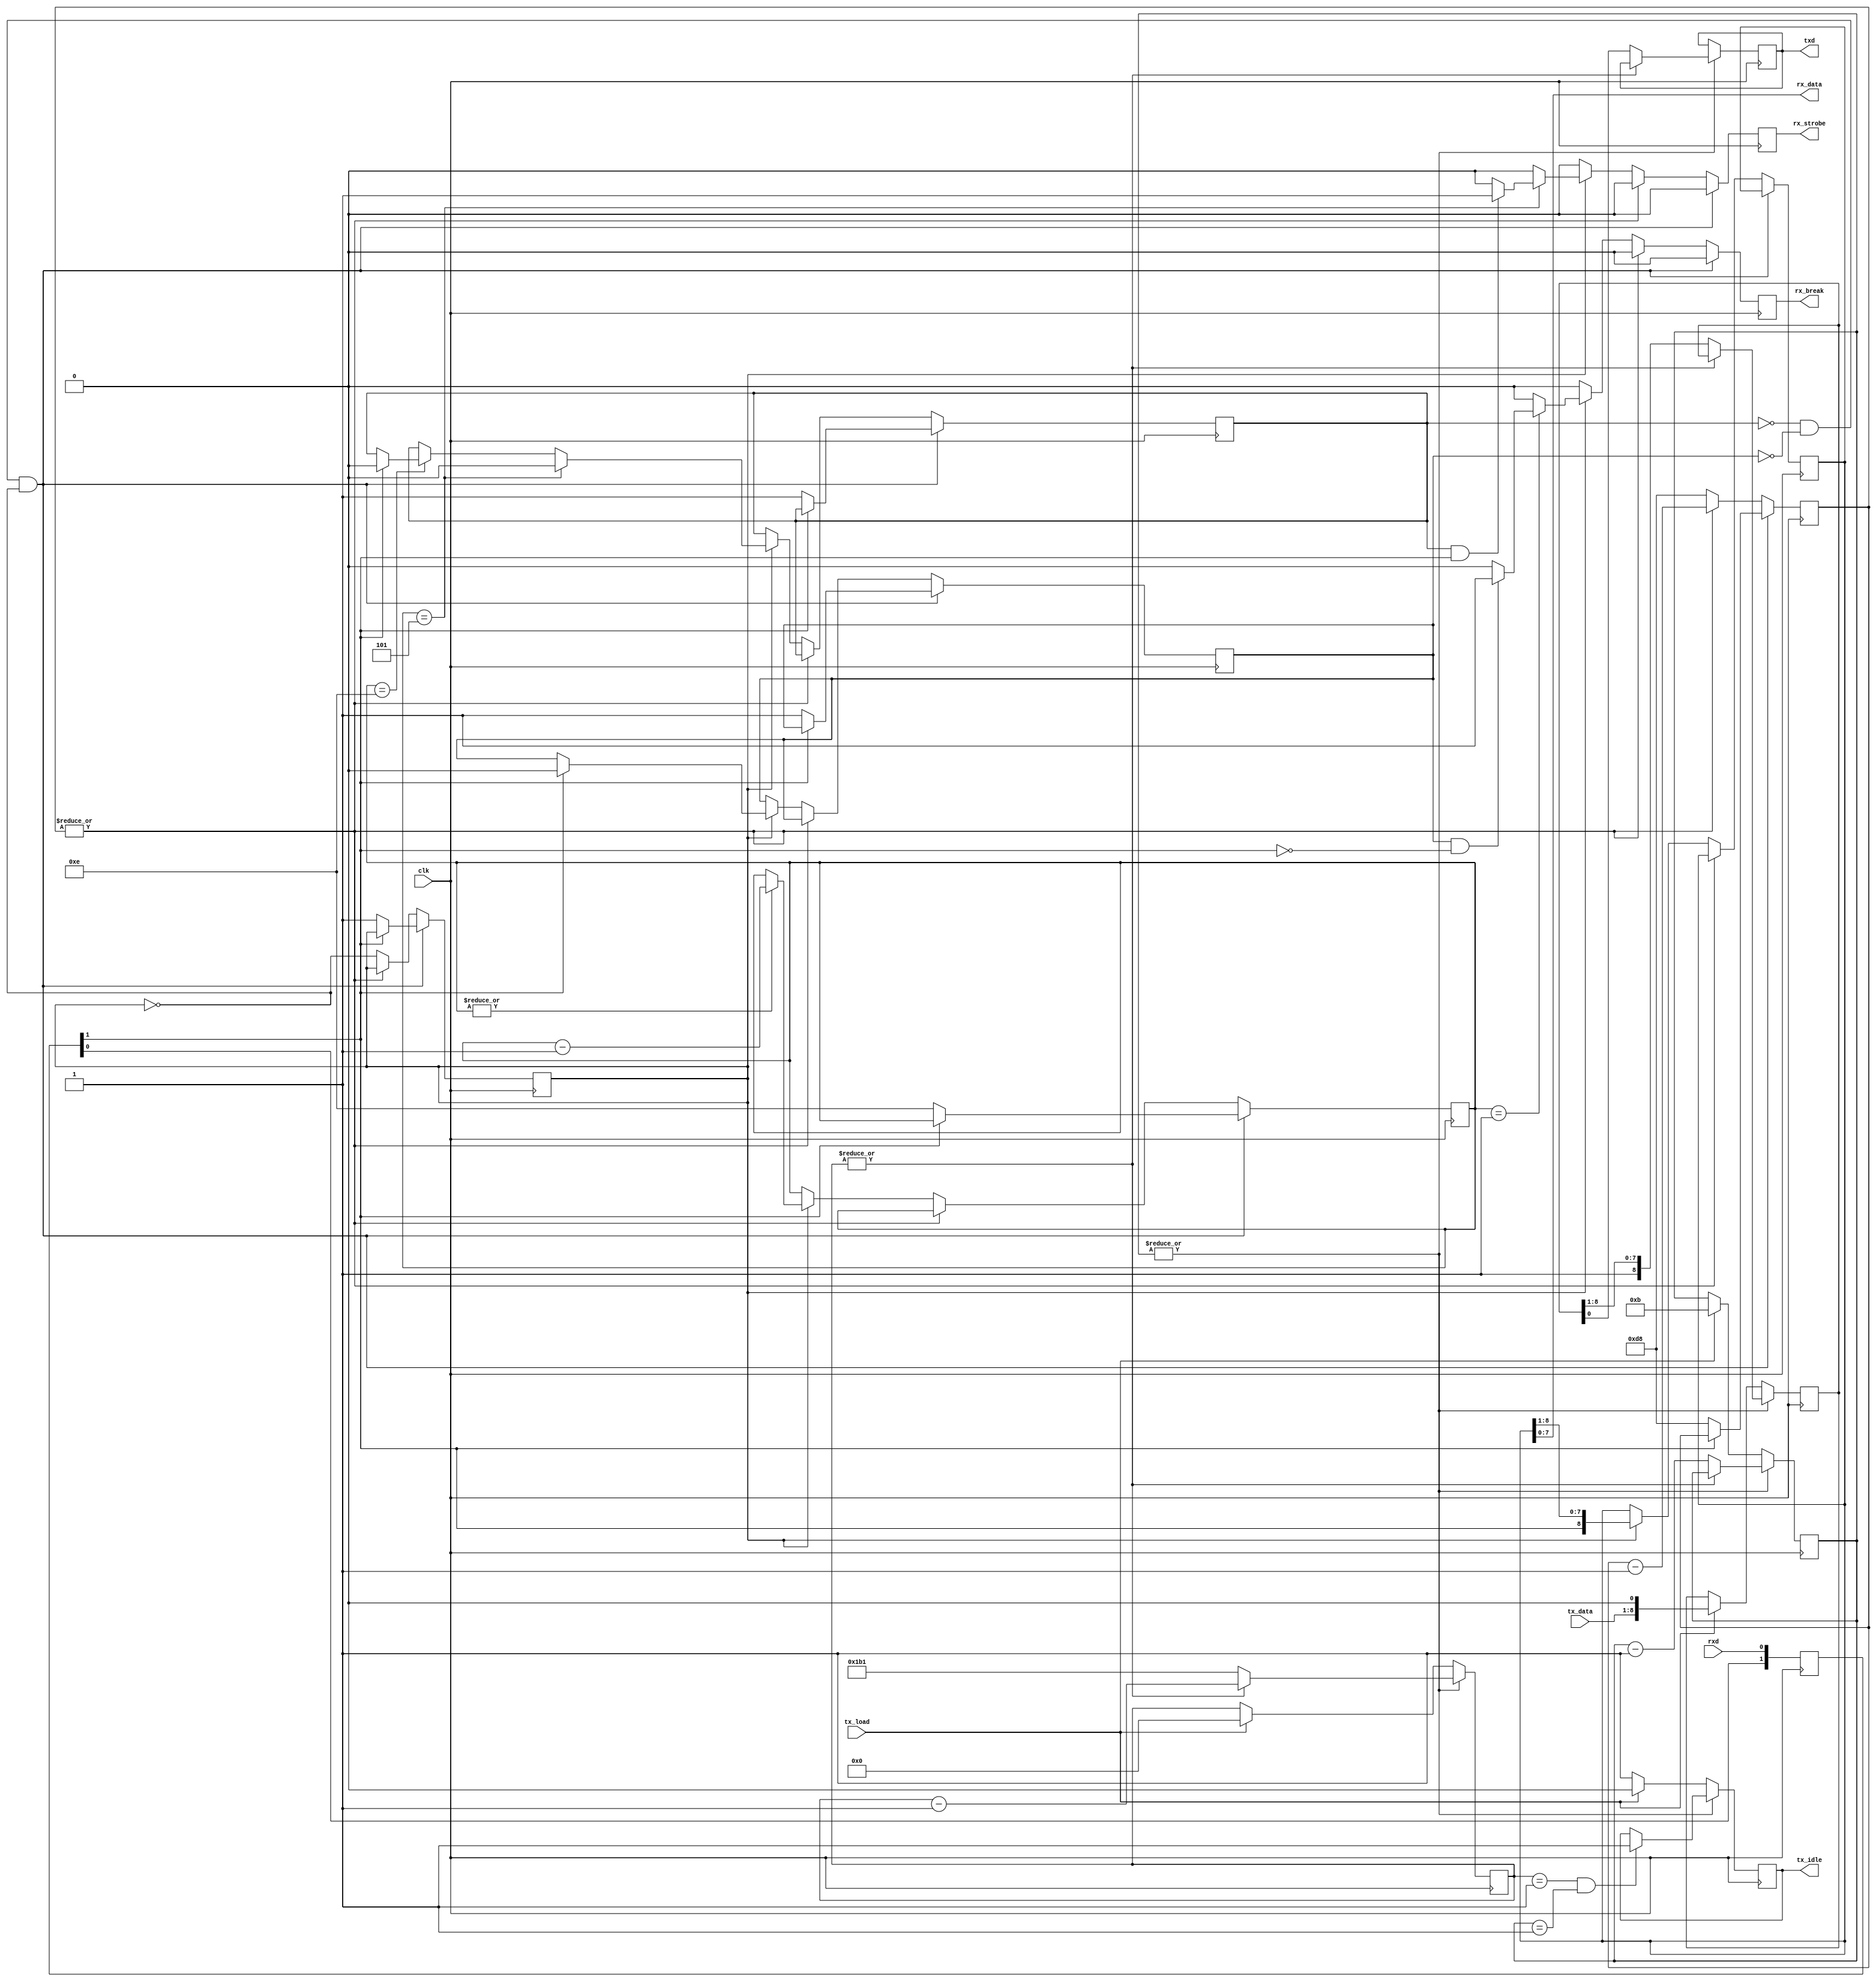
// Copyright (c) 2015 Stephen Warren
// 
// Permission is hereby granted, free of charge, to any person obtaining a copy
// of this software and associated documentation files (the "Software"), to deal
// in the Software without restriction, including without limitation the rights
// to use, copy, modify, merge, publish, distribute, sublicense, and/or sell
// copies of the Software, and to permit persons to whom the Software is
// furnished to do so, subject to the following conditions:
// 
// The above copyright notice and this permission notice shall be included in
// all copies or substantial portions of the Software.
// 
// THE SOFTWARE IS PROVIDED "AS IS", WITHOUT WARRANTY OF ANY KIND, EXPRESS OR
// IMPLIED, INCLUDING BUT NOT LIMITED TO THE WARRANTIES OF MERCHANTABILITY,
// FITNESS FOR A PARTICULAR PURPOSE AND NONINFRINGEMENT. IN NO EVENT SHALL THE
// AUTHORS OR COPYRIGHT HOLDERS BE LIABLE FOR ANY CLAIM, DAMAGES OR OTHER
// LIABILITY, WHETHER IN AN ACTION OF CONTRACT, TORT OR OTHERWISE, ARISING FROM,
// OUT OF OR IN CONNECTION WITH THE SOFTWARE OR THE USE OR OTHER DEALINGS IN
// THE SOFTWARE.

`timescale 1ns / 1ps

`define DIVISOR 9'h1b2

module uart(
    input wire clk,
    input wire rxd,
    output wire txd,
    input wire tx_load,
    input wire [7:0] tx_data,
    output reg tx_idle,
    output reg rx_strobe,
    output wire [7:0] rx_data,
    output reg rx_break
);
`define SYNC_BITS 2
    reg [`SYNC_BITS-1:0] rxd_r;
    wire rxd_sync = rxd_r[`SYNC_BITS-1];

    always @(posedge clk) begin
        rxd_r <= {rxd_r[`SYNC_BITS-2:0], rxd};
    end

    reg [7:0] rx_div;
    wire rx_tick = ~|rx_div;
    reg rx_div_is_middle;
    reg [3:0] rx_ctr;
    reg rx_in_char;
    reg rx_in_break;
    reg [8:0] rx_shifter;
    wire [8:0] rx_shifter_next = {rxd_sync, rx_shifter[8:1]};
    assign rx_data = rx_shifter[7:0];

    always @(posedge clk) begin
        rx_strobe <= 1'b0;
        rx_break <= 1'b0;

        if (~rx_in_char && ~rx_in_break && ~rx_div_is_middle) begin
            if (~rxd_sync) begin
                rx_div <= (`DIVISOR / 2) - 1;
                rx_div_is_middle <= 1'b1;
                rx_ctr <= 4'hE;
                rx_in_char <= 1'b1;
                rx_in_break <= 1'b1;
            end
        end else begin
            if (rx_tick) begin
                rx_div <= (`DIVISOR / 2) - 1;
                rx_div_is_middle <= ~rx_div_is_middle;
                if (rx_div_is_middle) begin
                    rx_shifter <= rx_shifter_next;
                    if (|rx_ctr) begin
                        rx_ctr <= rx_ctr - 4'h1;
                    end
                    if (rxd_sync) begin
                        rx_in_break <= 1'b0;
                    end
                    if (rx_ctr == 4'hE) begin
                        // Start bit still set in middle of bit?
                        if (rxd_sync) begin
                            rx_in_char <= 1'b0;
                        end
                    end
                    if (rx_ctr == 4'h5) begin
                        // Stop bit set? If so, valid RX char.
                        if (rx_in_char && rxd_sync) begin
                            rx_strobe <= 1'b1;
                        end
                        rx_in_char <= 1'b0;
                    end
                    if (rx_ctr == 4'h1) begin
                        if (rx_in_break && ~rxd_sync) begin
                            rx_break <= 1'b1;
                            // Don't clear rx_in_break; leave that set until
                            // we see the RX line set high
                        end
                    end
                end
            end else begin
                rx_div <= rx_div - 8'h1;
            end
        end
    end

    reg [8:0] tx_div = 9'h0;
    wire tx_tick = ~|tx_div;
    reg tx_buf = 1'b1;
    assign txd = tx_buf;
    reg [8:0] tx_shifter = 9'h1ff;
    reg [3:0] tx_ctr = 4'h0;
    wire tx_is_idle = ~|tx_ctr;

    always @(posedge clk) begin
        if (tx_is_idle) begin
            tx_idle <= 1'b1; // FIXME: Make this the initialization value somehow
            if (tx_load) begin
                tx_div <= 9'h0;
                tx_shifter <= {tx_data, 1'b0};
                tx_ctr <= 4'hb;
                tx_idle <= 1'b0;
            end
        end else begin
            if (tx_div == 1 && tx_ctr == 1) begin
                tx_idle <= 1'b1;
            end
            if (tx_tick) begin
                tx_div <= `DIVISOR - 1;
                tx_buf <= tx_shifter[0];
                tx_shifter <= {1'b1, tx_shifter[8:1]};
                tx_ctr <= tx_ctr - 4'h1;
            end else begin
                tx_div <= tx_div - 9'h1;
            end
        end
    end
endmodule